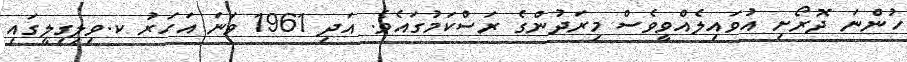
ހުންނަ ދޮރޯށި އުވައިލެއްވީވެސް މިރަދުންގެ ރަސްކަމުގައެވެ. އަދި 1961 ވަނަ އަހަރު ކ.ވިލިގިލީގައި